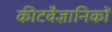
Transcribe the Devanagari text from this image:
कीटवैज्ञानिकों